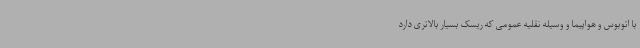
با اتوبوس و هواپیما و وسیله نقلیه عمومی که ریسک بسیار بالاتری دارد